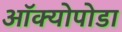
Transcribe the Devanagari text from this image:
ऑक्योपोडा